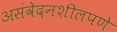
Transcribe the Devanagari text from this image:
असंवेदनशीलपणे